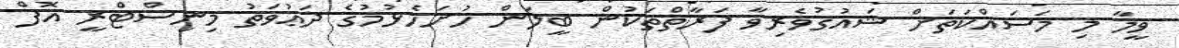
ވީމާ މި މަސައްކަތަށް ޝައުޤުވެރިވާ ފަރާތްތަކުން ބީލަން ހުށަހެޅުމުގެ ދަޢުވަތު މިނިސްޓްރީ އޮފް